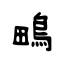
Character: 鴫